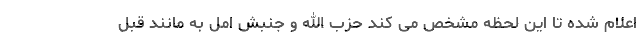
اعلام شده تا این لحظه مشخص می کند حزب الله و جنبش امل به مانند قبل